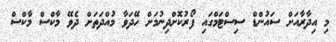
މި އިދާރާއަށް ސައުންޑް ސިސްޓަމްގައި ފޯރުކޮށްދިނުމަށް ހޭދަވާ މުއްދަތަށް ދެވޭ މާކްސް މާކްސް